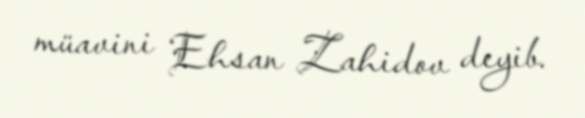
müavini Ehsan Zahidov deyib.